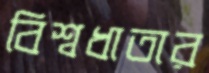
বিশ্বধাতার